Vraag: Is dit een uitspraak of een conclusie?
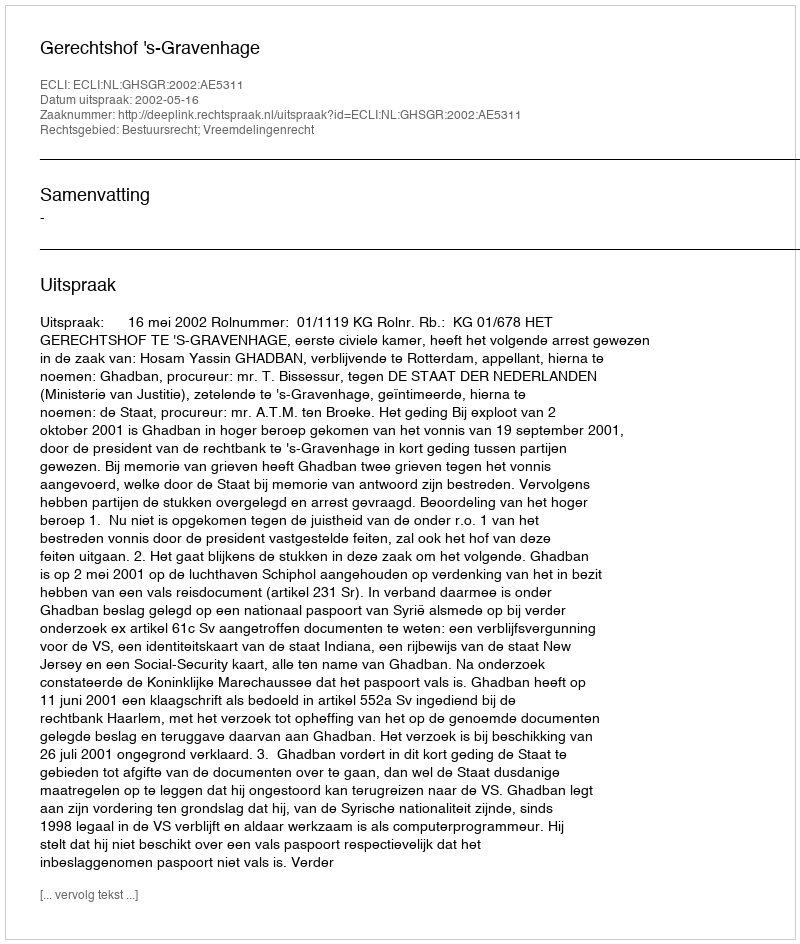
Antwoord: Uitspraak